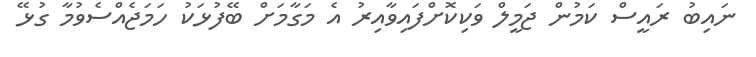
ނައިބު ރައީސް ކަމުން ޖަމީލް ވަކިކޮށްފައިވާއިރު އެ މަގާމަށް ބޭފުޅަކު ހަަމަޖެއްސެވުމާ ގުޅޭ